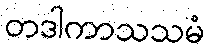
တဒါကာသသမံ